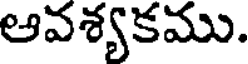
ఆవశ్యకము.